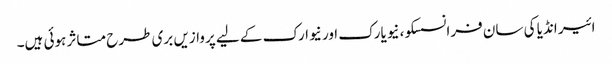
ائیر انڈیا کی سان فرانسسکو، نیویارک اور نیوارک کے لیے پروازیں بری طرح متاثر ہوئی ہیں۔